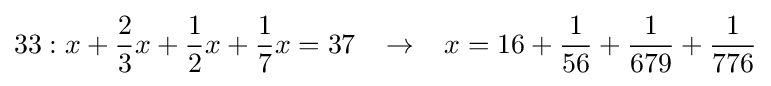
33:x+{\frac {2}{3}}x+{\frac {1}{2}}x+{\frac {1}{7}}x=37\;\;\;\rightarrow \;\;\;x=16+{\frac {1}{56}}+{\frac {1}{679}}+{\frac {1}{776}}